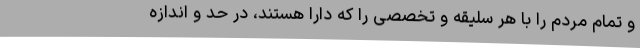
و تمام مردم را با هر سلیقه و تخصصی را که دارا هستند، در حد و اندازه